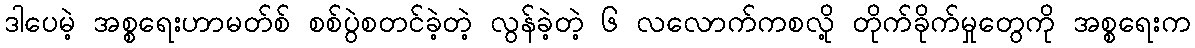
ဒါပေမဲ့ အစ္စရေးဟာမတ်စ် စစ်ပွဲစတင်ခဲ့တဲ့ လွန်ခဲ့တဲ့ ၆ လလောက်ကစလို့ တိုက်ခိုက်မှုတွေကို အစ္စရေးက